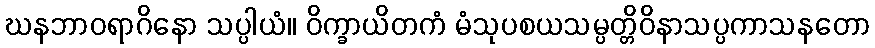
ဃနဘာဝရာဂိနော သပ္ပါယံ။ ဝိက္ခာယိတကံ မံသုပစယသမ္ပတ္တိဝိနာသပ္ပကာသနတော